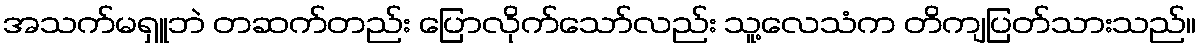
အသက်မရှူဘဲ တဆက်တည်း ပြောလိုက်သော်လည်း သူ့လေသံက တိကျပြတ်သားသည်။